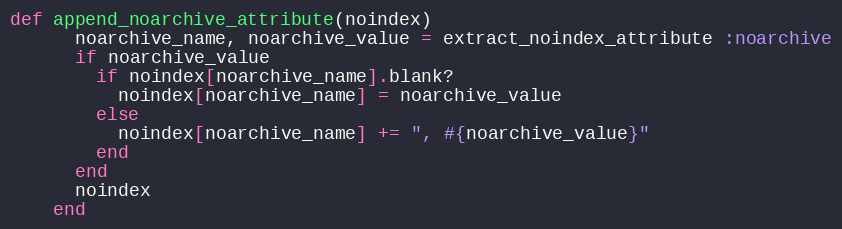
Language: Ruby
def append_noarchive_attribute(noindex)
      noarchive_name, noarchive_value = extract_noindex_attribute :noarchive
      if noarchive_value
        if noindex[noarchive_name].blank?
          noindex[noarchive_name] = noarchive_value
        else
          noindex[noarchive_name] += ", #{noarchive_value}"
        end
      end
      noindex
    end